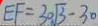
E F = 3 0 \sqrt { 3 } - 3 0